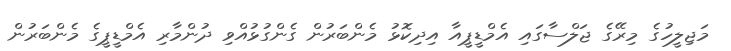
މަޖިލީހުގެ މިރޭގެ ޖަލްސާގައި އެމްޑީޕީއާ އިދިކޮޅު މެންބަރުން ގެންގުޅުއްވި ދުންމާރި އެމްޑީޕީގެ މެންބަރުން